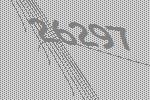
26297